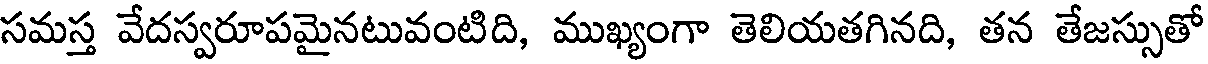
సమస్త వేదస్వరూపమైనటువంటిది, ముఖ్యంగా తెలియతగినది, తన తేజస్సుతో